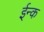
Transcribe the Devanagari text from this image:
ईन्क